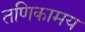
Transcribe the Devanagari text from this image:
तणिकामय